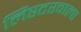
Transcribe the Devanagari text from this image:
लिस्टरवाला